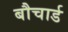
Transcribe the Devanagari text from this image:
बौचार्ड